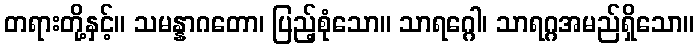
တရားတို့နှင့်။ သမန္နာဂတော၊ ပြည့်စုံသော။ သာရဂ္ဂေါ၊ သာရဂ္ဂအမည်ရှိသော။